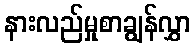
နားလည်မှုစာချွန်လွှာ